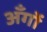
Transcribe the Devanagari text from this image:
अँगों